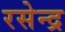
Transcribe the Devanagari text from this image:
रसेन्द्र